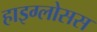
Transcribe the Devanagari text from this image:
हाइग्लोसस